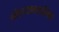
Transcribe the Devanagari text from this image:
लोहव्यावसायिक